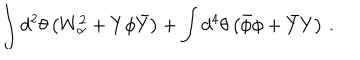
LaTeX: \int d ^ { 2 } \theta \left( W _ { \alpha } ^ { 2 } + Y \phi \bar { Y } \right) + \int d ^ { 4 } \theta \left( \bar { \phi } \phi + \bar { Y } Y \right) \, .